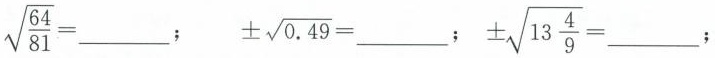
$$\sqrt{\frac{64}{81}}=___$$; $$\pm \sqrt{0.49}=___$$; $$\pm \sqrt{13 \frac{4}{9}}=___$$;